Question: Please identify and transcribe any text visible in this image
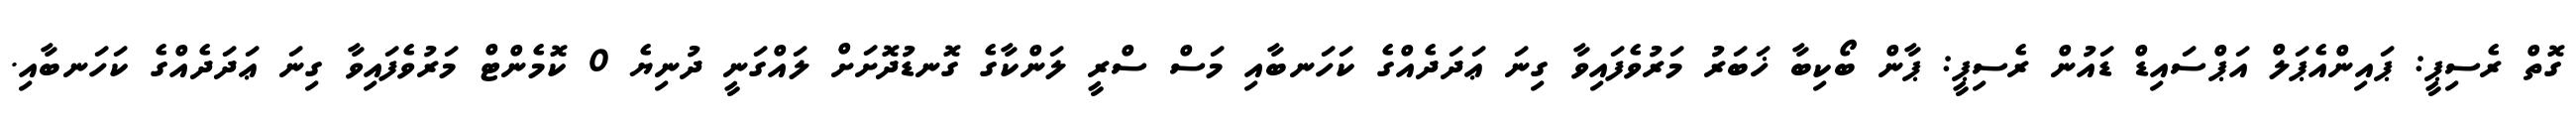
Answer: ގޮތް ރެސިޕީ: ޕައިންއެޕަލް އަޕްސައިޑް ޑައުން ރެސިޕީ: ޕާން ބޯކިބާ ޚަބަރު މަރުވެފައިވާ ގިނަ ޢަދަދެއްގެ ކަހަނބާއި މަސް ސްރީ ލަންކާގެ ގޮނޑުދޮށަށް ލައްގަނީ ދުނިޔެ 0 ކޮމެންޓް މަރުވެފައިވާ ގިނަ ޢަދަދެއްގެ ކަހަނބާއި.